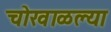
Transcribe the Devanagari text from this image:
चोखाळल्या